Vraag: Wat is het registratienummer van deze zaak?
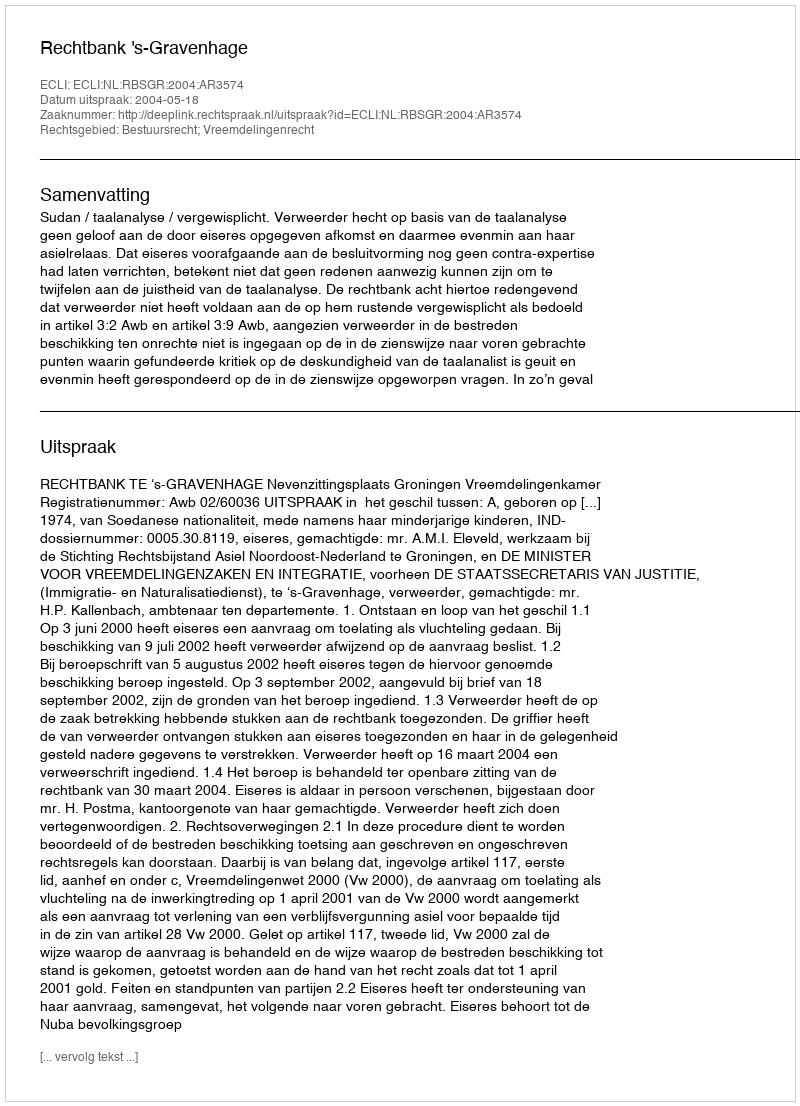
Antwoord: http://deeplink.rechtspraak.nl/uitspraak?id=ECLI:NL:RBSGR:2004:AR3574